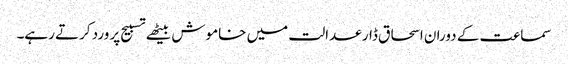
سماعت کے دوران اسحاق ڈار عدالت میں خاموش بیٹھے تسبیح پر ورد کرتے رہے۔